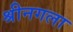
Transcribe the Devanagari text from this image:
श्रीनगला